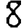
Digit: 8